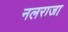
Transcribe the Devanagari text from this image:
नलराजा